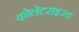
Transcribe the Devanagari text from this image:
कोलेटराइज्ड